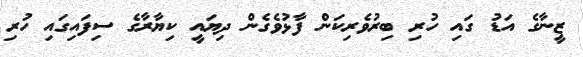
ޒީނާގެ އަޑު ގައި ހުރި ބިރުވެރިކަން ފާޅުވެގެން ދިޔައީ ކިޔާރާގެ ސިފައިގައި ހުރި